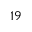
^ Ḋ 1 9 Ḍ